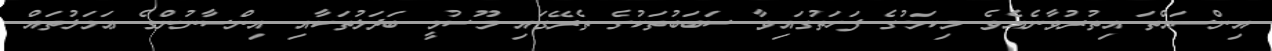
އިންސައްތަ އިތުރުވާނެއެވެ. މިކަމުގެ ފަހަތުގައިވާ ސަބަބުތަކުގެ ތެރޭގައި މޫސުމީ ބަދަލުތަކާއި އިންސާނުންގެ ޢަމަލުތައް